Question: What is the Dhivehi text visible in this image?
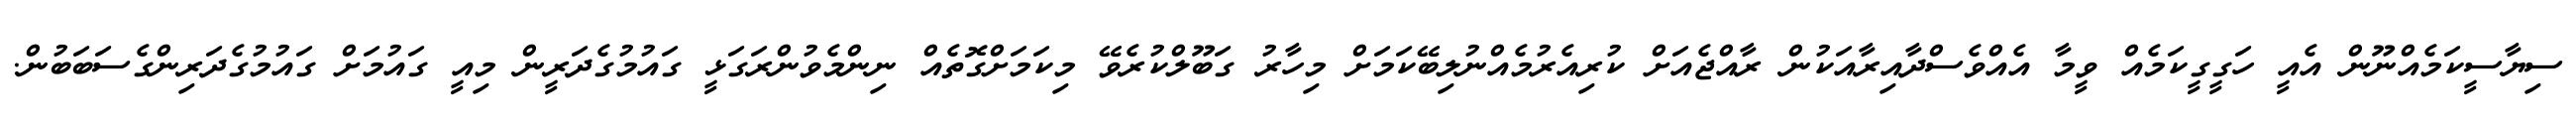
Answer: ސިޔާސީކަމެއްނޫން އެއީ ހަގީގީކަމެއް ވީމާ އެއްވެސްދާއިރާއަކުން ރާއްޖެއަށް ކުރިއެރުމެއްނުލިބޭކަމަށް މިހާރު ގަބޫލްކުރެވޭ މިކަމަށްގޮތެއް ނިންމެވުންރަގަޅީ ގައުމުގެދަރީން މިއީ ގައުމަށް ގައުމުގެދަރިންގެސަބަބުން.